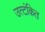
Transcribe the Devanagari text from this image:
उत्टंकित